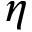
\eta